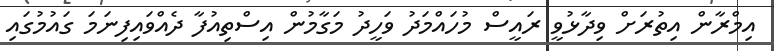
އިމްރާން އިތުރަށް ވިދާޅުވީ ރައީސް މުހައްމަދު ވަހީދު މަގާމުން އިސްތިއުފާ ދެއްވައިފިނަމަ ގައުމުގައި